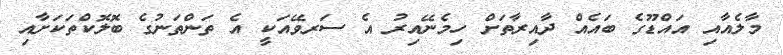
މާލެއާއި އައްޑޫގެ ބައެއް ދާއިރާތަށް ހިމެނޭއިރު އެ ސަރވޭއަކީ އެ ތަންތަނުގެ ބޮލޮކްތަކަށާއި